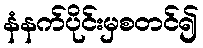
နံနက်ပိုင်းမှစတင်၍